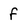
Character: F